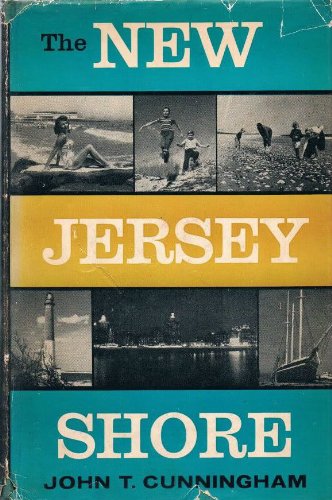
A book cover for The New Jersey Shore; John T. Cunningham; Travel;